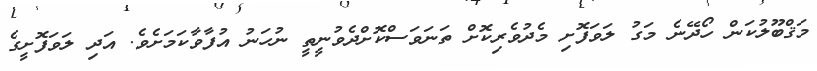
މަޤްބޫލުކަން ހޯދޭނެ މަގު ލަވަފޮށި މެދުވެރިކޮށް ތަނަވަސްކޮށްދެވުނީތީ ނުހަނު އުފާވާކަމަށެވެ. އަދި ލަވަފޮށީގެ